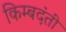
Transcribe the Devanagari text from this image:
किम्बदंती